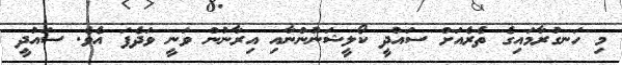
މި ހަނގުރާމައިގެ ތެރެއަށް ސައުދީ ކޯލީޝަނުންނާއި އިރާނުން ވަނީ ވަދެފަ އެވެ. ސައުދީ